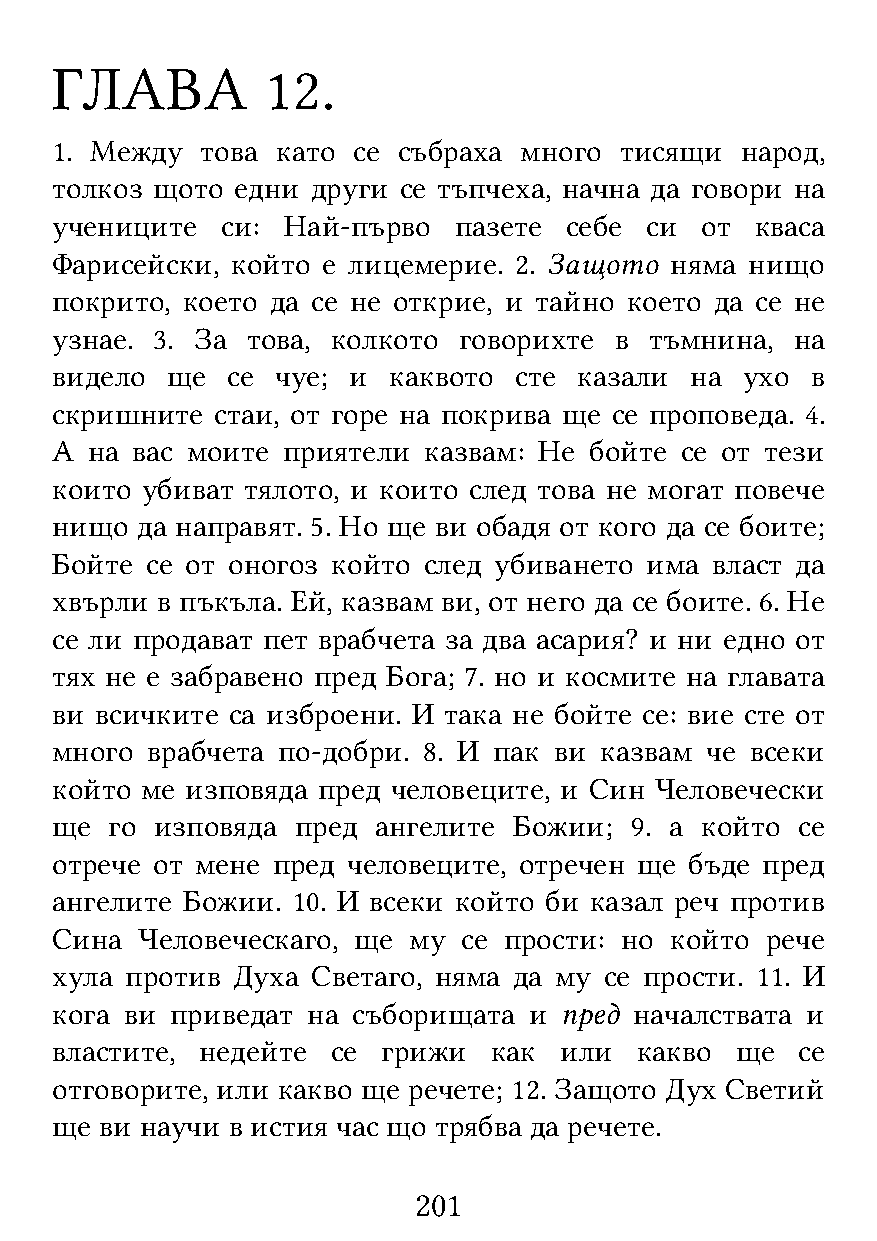
ГЛАВА          12.
 1. Между  това като се събраха много  тисящи  народ,
 толкоз щото  едни други се тъпчеха, начна да говори на
 учениците   си: Най-първо  пазете себе  си от  кваса
 Фарисейски, който е лицемерие. 2. Защото няма  нищо
 покрито, което да се не открие, и тайно което да се не
 узнае. 3. За това, колкото говорихте  в тъмнина,  на
 видело  ще  се чуе; и  каквото сте казали  на ухо  в
 скришните  стаи, от горе на покрива ще се проповеда. 4.
 А  на вас моите приятели казвам: Не бойте се от тези
 които убиват тялото, и които след това не могат повече
 нищо  да направят. 5. Но ще ви обадя от кого да се боите;
 Бойте  се от оногоз който след убиването има власт да
 хвърли в пъкъла. Ей, казвам ви, от него да се боите. 6. Не
 се ли продават пет врабчета за два асария? и ни едно от
 тях не е забравено пред Бога; 7. но и космите на главата
 ви всичките са изброени. И така не бойте се: вие сте от
 много  врабчета по-добри. 8. И пак ви казвам че всеки
 който ме изповяда пред человеците, и Син Человечески
 ще  го изповяда  пред ангелите Божии;  9. а който се
 отрече от мене пред человеците, отречен ще бъде пред
 ангелите Божии. 10. И всеки който би казал реч против
 Сина  Человеческаго, ще му  се прости: но който рече
 хула против Духа  Светаго, няма да му се прости. 11. И
 кога ви приведат на съборищата  и пред началствата и
 властите, недейте  се грижи  как  или  какво  ще  се
 отговорите, или какво ще речете; 12. Защото Дух Светий
 ще  ви научи в истия час що трябва да речете.
 201